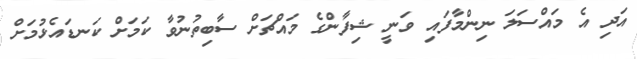
އަދި އެ މައްސަލަ ނިންމާފައި ވަނީ ޝިފާންގެ މައްޗަށް ސާބިތުނުވާ ކަމަށް ކަނޑައެޅުމަށް